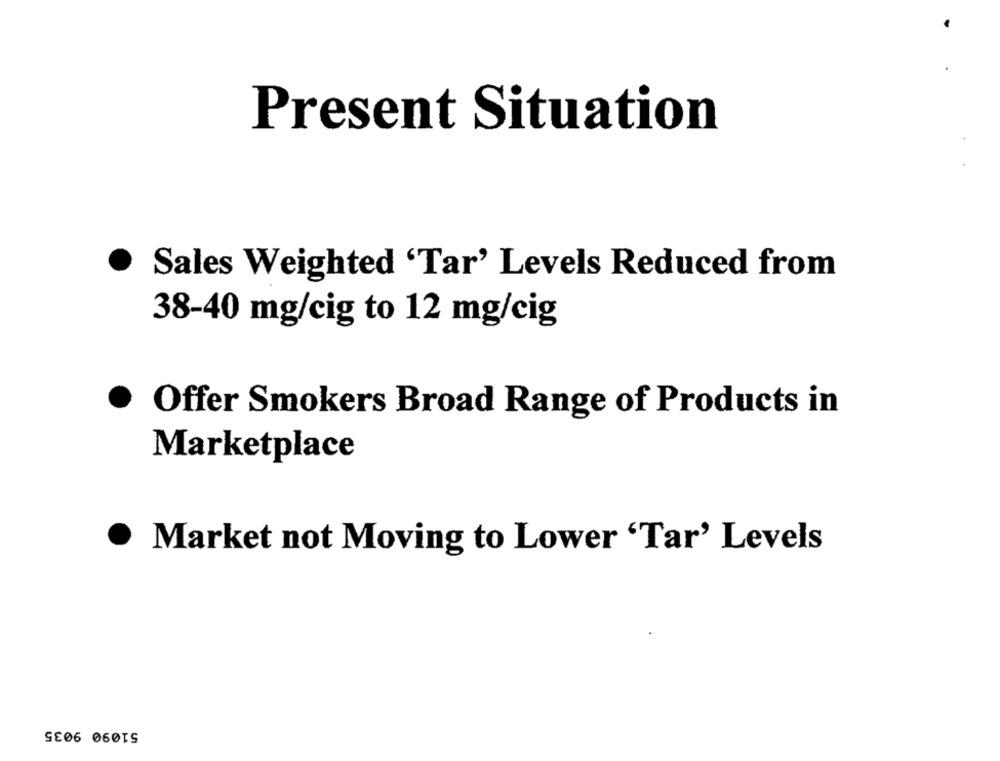
Present Situation
. Sales Weighted 'Tar' Levels Reduced from
38-40 mg/cig to 12 mg/cig
·
Offer Smokers Broad Range of Products in
Marketplace
Market not Moving to Lower 'Tar' Levels
51090 9035